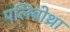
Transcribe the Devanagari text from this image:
पलिबोथ्रा